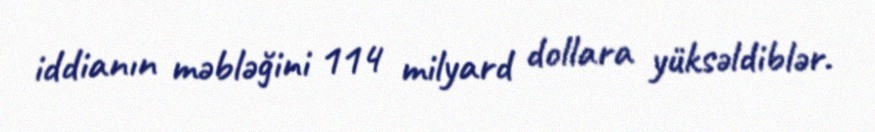
iddianın məbləğini 114 milyard dollara yüksəldiblər.